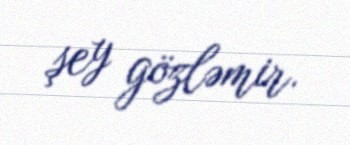
şey gözləmir.